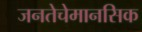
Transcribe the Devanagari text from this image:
जनतेचेमानसिक